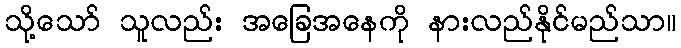
သို့သော် သူလည်း အခြေအနေကို နားလည်နိုင်မည်သာ။